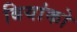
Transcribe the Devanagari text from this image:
बियांको